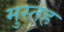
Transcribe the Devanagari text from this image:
मुस्तह